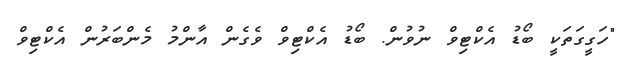
"ހަގީގަތަކީ ބޯޑު އެކްޓިވް ނުވުން. ބޯޑު އެކްޓިވް ވެގެން އާންމު މެންބަރުން އެކްޓިވް